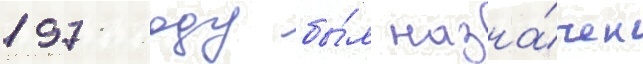
1971 году бы́л назна́чен